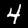
Digit: 4